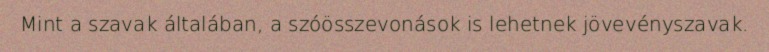
Mint a szavak általában, a szóösszevonások is lehetnek jövevényszavak.